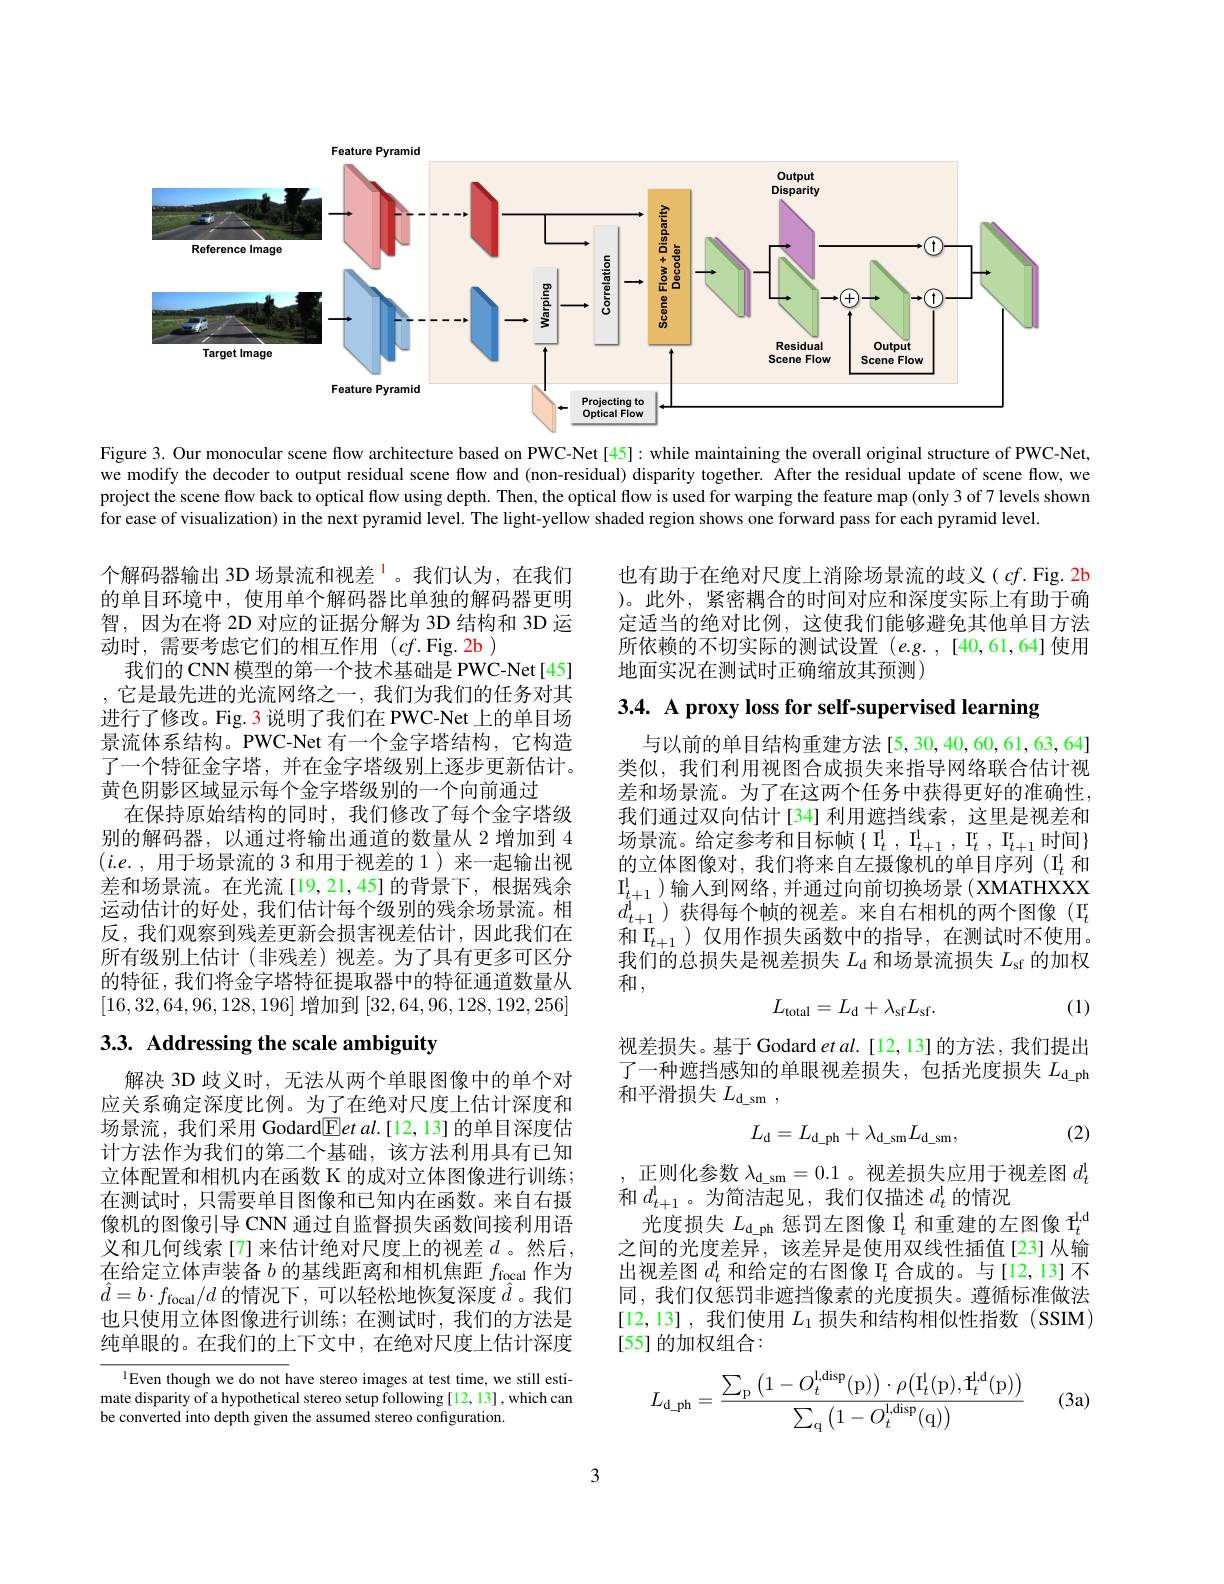
<FigureHere>

Figure 3. Our monocular scene flow architecture based on PWC-Net [45]: while maintaining the overall original structure of PWC-Net, we modify the decoder to output residual scene flow and (non-residual) disparity together. After the residual update of scene flow, we project the scene flow back to optical flow using depth. Then, the optical flow is used for warping the feature map (only 3 of 7 levels shown for ease of visualization) in the next pyramid level. The light-yellow shaded region shows one forward pass for each pyramid level.

也有助于在绝对尺度上消除场景流的歧义(cf. Fig. 2b )。此外，紧密耦合的时间对应和深度实际上有助于确定适当的绝对比例，这使我们能够避免其他单目方法所依赖的不切实际的测试设置$(e.g.,[40,61,64]$使用地面实况在测试时正确缩放其预测)

3.4. A proxy loss for self-supervised learning

个解码器输出 3D 场景流和视差$^{\color{red}{lue}1}$。我们认为，在我们的单目环境中，使用单个解码器比单独的解码器更明智，因为在将 2D 对应的证据分解为 3D 结构和 3D 运动时，需要考虑它们的相互作用($cf.$Fig.2b)
我们的 CNN 模型的第一个技术基础是 PWC-Net[45] ,它是最先进的光流网络之一，我们为我们的任务对其进行了修改。Fig. 3 说明了我们在 PWC-Net 上的单目场景流体系结构。PWC-Net 有一个金字塔结构，它构造了一个特征金字塔，并在金字塔级别上逐步更新估计。黄色阴影区域显示每个金字塔级别的一个向前通过
在保持原始结构的同时，我们修改了每个金字塔级别的解码器，以通过将输出通道的数量从 2 增加到 4 $(i.e.$,用于场景流的 3 和用于视差的 1)来一起输出视差和场景流。在光流[19,21,45]的背景下，根据残余运动估计的好处，我们估计每个级别的残余场景流。相反，我们观察到残差更新会损害视差估计，因此我们在所有级别上估计(非残差)视差。为了具有更多可区分的特征，我们将金字塔特征提取器中的特征通道数量从[16,32,64,96,128,196]增加到[32,64,96,128,192,256]

与以前的单目结构重建方法[5,30,40,60,61,63,64] 类似，我们利用视图合成损失来指导网络联合估计视差和场景流。为了在这两个任务中获得更好的准确性， 我们通过双向估计[34] 利用遮挡线索，这里是视差和场景流。给定参考和目标帧$\{\mathrm I_t^1~,~I_{t+1}^1~,~I_t^r~,~I_{t+1}^r~时间\}$ $的立体图像对，我们将来自左摄像机的单目序列(I_t^1 和$ $\begin{array}{ll}\mathrm{I}_{t+1}^{1}\text{)输人到网络，并通过向前切换场景(XMATHXXX}\\d_{t+1}^{1}\text{)获得每个帧的视差。来自右相机的两个图像(I}_{t}^{\mathrm{r}}\\\text{ for }_{t+1}^{1}\text{) 在四作品出了数上的此中国，在测出现下午中}\\\end{array}$ 和$\Pi_{t+1}^\mathrm{r}$)仅用作损失函数中的指导，在测试时不使用。我们的总损失是视差损失$L_\mathrm{d}$和场景流损失$L_\mathrm{sf}$的加权和，
$$L_{\mathrm{total}}=L_{\mathrm{d}}+\lambda_{\mathrm{sf}}L_{\mathrm{sf}}.$$
(1)

# 3.3. Addressing the scale ambiguity

视差损失。基于 Godard et al. [12, 13] 的方法，我们提出了一种遮挡感知的单眼视差损失，包括光度损失$L_\mathrm{d\_ph}$ 和平滑损失$L_\mathrm{d\_sm}$,

(2)
$$L_{\mathrm{d}}=L_{\mathrm{d_ph}}+\lambda_{\mathrm{d_sm}}L_{\mathrm{d_sm}},$$
解决 3D 歧义时，无法从两个单眼图像中的单个对应关系确定深度比例。为了在绝对尺度上估计深度和场景流，我们采用 Godard$\boxed{\mathrm{F}}etal.[12,13]$的单目深度估计方法作为我们的第二个基础，该方法利用具有已知立体配置和相机内在函数 K 的成对立体图像进行训练； 在测试时，只需要单目图像和已知内在函数。来自右摄像机的图像引导 CNN 通过自监督损失函数间接利用语义和几何线索[7]来估计绝对尺度上的视差$d$。然后， 在给定立体声装备$b$的基线距离和相机焦距$f_\mathrm{focal}$作为$\hat{d}=b\cdot f_{\mathrm{focal}}/d$ 的情况下，可以轻松地恢复深度$\hat{d}$。我们也只使用立体图像进行训练；在测试时，我们的方法是纯单眼的。在我们的上下文中，在绝对尺度上估计深度

,正则化参数$\lambda_\mathrm{d\_sm}=0.1$ 。视差损失应用于视差图$d_t^\mathrm{l}$
和$d_{t+1}^1$。为简洁起见，我们仅描述$d_t^\mathrm{l}$的情况
光度损失$L_\mathrm{d\_ph}$惩罚左图像$\mathbb{I}_t^\mathrm{l}$和重建的左图像$\mathbb{I}_t^\mathrm{l,d}$ 之间的光度差异，该差异是使用双线性插值[23]从输出视差图$d_t^1$和给定的右图像$\mathbb{I}_t^\mathrm{r}$合成的。与[12,13]不同，我们仅惩罚非遮挡像素的光度损失。遵循标准做法[12,13] ,我们使用$L_1$损失和结构相似性指数(SSIM) [55] 的加权组合：

lEven though we do not have stereo images at test time, we still estimate disparity of a hypothetical stereo setup following [12, 13] , which can be converted into depth given the assumed stereo configuration.
$$L_{\mathrm d_\mathrm p\mathrm h}=\frac{\sum_{\mathrm p}\left(1-O_t^{\mathrm l,\mathrm d\mathrm i\mathrm s\mathrm p}(\mathrm p)\right)\cdot\rho\bigl(\mathrm I_t^1(\mathrm p),\mathrm I_t^{\mathrm l\mathrm d}(\mathrm p)\bigr)}{\sum_{\mathrm q}\left(1-O_t^{\mathrm l,\mathrm d\mathrm i\mathrm s\mathrm p}(\mathrm q)\right)}$$
(3a)

3